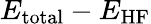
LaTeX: E_{\mathrm{total}}-E_{\mathrm{HF}}